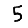
Digit: 5